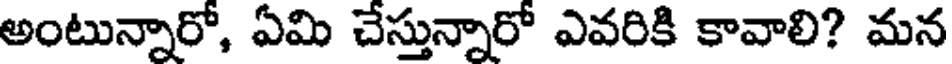
అంటున్నారో, ఏమి చేస్తున్నారో ఎవరికి కావాలి? మన